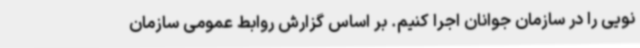
نویی را در سازمان جوانان اجرا کنیم. بر اساس گزارش روابط عمومی سازمان